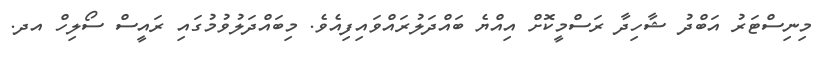
މިނިސްޓަރު އަބްދު ޝާހިދާ ރަސްމީކޮށް އިއްޔެ ބައްދަލުރައްވައިފިއެވެ. މިބައްދަލުވުމުގައި ރައީސް ސޯލިހް އދ.